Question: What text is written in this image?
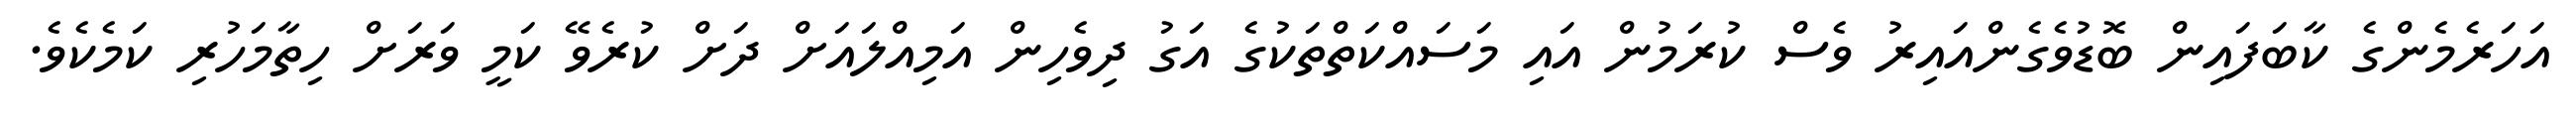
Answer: އަހަރެމެންގެ ކާބަފައިން ބޮޑުވެގެންއައިރު ވެސް ކުރަމުން އައި މަސައްކަތްތަކުގެ އަގު ދިވެހިން އަމިއްލައަށް ދަށް ކުރެވޭ ކަމީ ވަރަށް ހިތާމަހުރި ކަމެކެވެ.